Indian Medical Review
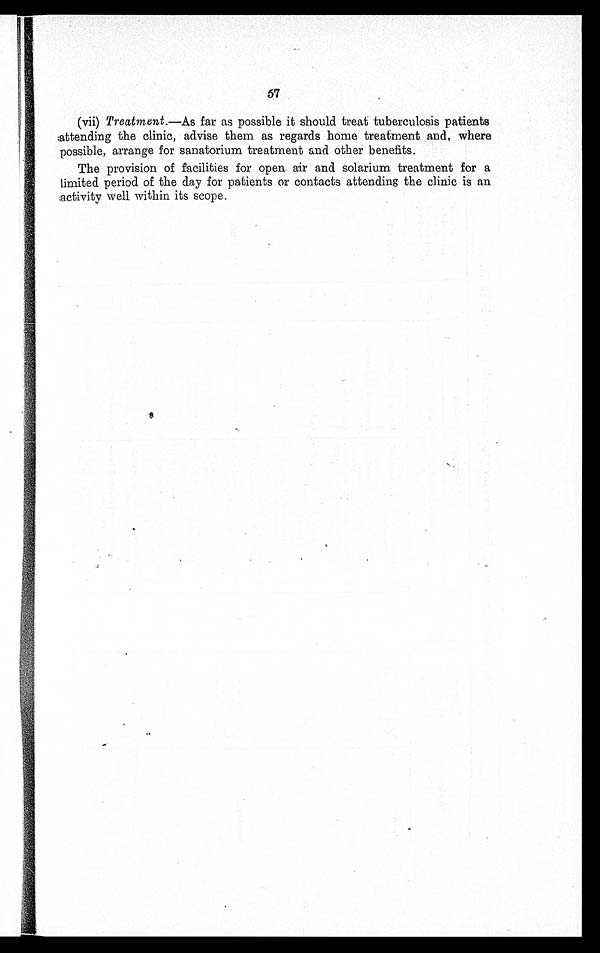
57
(vii) Treatment .—As far as possible it should treat tuberculosis patients
attending the clinic, advise them as regards home treatment and, where
possible, arrange for sanatorium treatment and other benefits.
The provision of facilities for open air and solarium treatment for a
limited period of the day for patients or contacts attending the clinic is an
activity well within its scope.